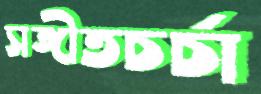
সঙ্গীতচর্চা